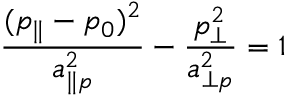
\frac { ( p _ { \| } - p _ { 0 } ) ^ { 2 } } { a _ { \| p } ^ { 2 } } - \frac { p _ { \perp } ^ { 2 } } { a _ { \perp p } ^ { 2 } } = 1